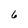
Character: 6